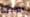
إيزابيلا